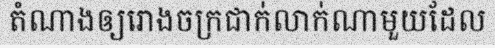
តំណាងឲ្យរោងចក្រជាក់លាក់ណាមួយដែល